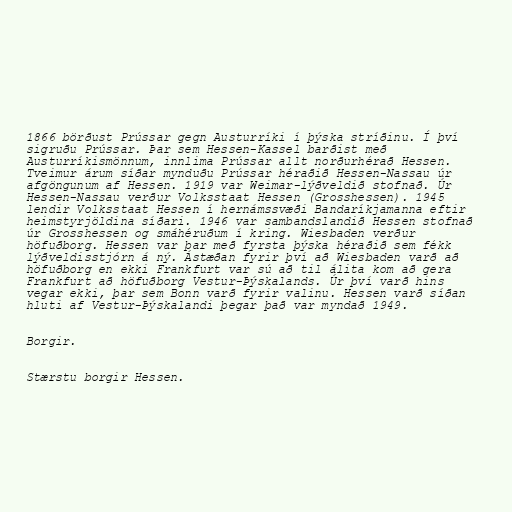
1866 börðust Prússar gegn Austurríki í þýska stríðinu. Í því
sigruðu Prússar. Þar sem Hessen-Kassel barðist með
Austurríkismönnum, innlima Prússar allt norðurhérað Hessen.
Tveimur árum síðar mynduðu Prússar héraðið Hessen-Nassau úr
afgöngunum af Hessen. 1919 var Weimar-lýðveldið stofnað. Úr
Hessen-Nassau verður Volksstaat Hessen (Grosshessen). 1945
lendir Volksstaat Hessen í hernámssvæði Bandaríkjamanna eftir
heimstyrjöldina síðari. 1946 var sambandslandið Hessen stofnað
úr Grosshessen og smáhéruðum í kring. Wiesbaden verður
höfuðborg. Hessen var þar með fyrsta þýska héraðið sem fékk
lýðveldisstjórn á ný. Ástæðan fyrir því að Wiesbaden varð að
höfuðborg en ekki Frankfurt var sú að til álita kom að gera
Frankfurt að höfuðborg Vestur-Þýskalands. Úr því varð hins
vegar ekki, þar sem Bonn varð fyrir valinu. Hessen varð síðan
hluti af Vestur-Þýskalandi þegar það var myndað 1949.

Borgir.

Stærstu borgir Hessen.